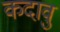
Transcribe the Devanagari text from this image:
कदावु